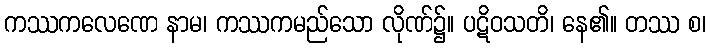
ကဿကလေဏေ နာမ၊ ကဿကမည်သော လိုဏ်၌။ ပဋိဝသတိ၊ နေ၏။ တဿ စ၊